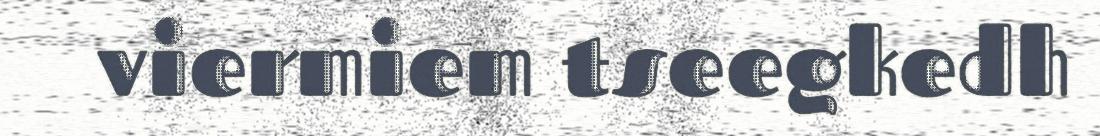
viermiem tseegkedh